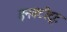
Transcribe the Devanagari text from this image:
इनक्टीटूट